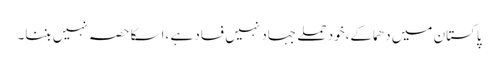
پاکستان میں دھماکے،خود حملے جہاد نہیں فساد ہے ،اسکا حصہ نہیں بننا۔